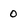
Character: 0